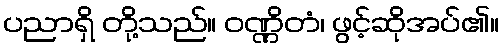
ပညာရှိ တို့သည်။ ဝဏ္ဏိတံ၊ ဖွင့်ဆိုအပ်၏။